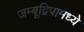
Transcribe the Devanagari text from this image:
जम्बूद्विपामध्ये